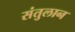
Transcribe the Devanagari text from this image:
संतुलान